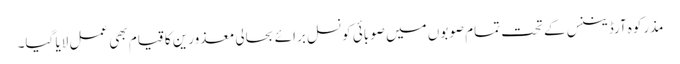
مذرکوہ آرڈیننس کے تحت تمام صوبوں میں صوبائی کونسل برائے بحالی معذورین کا قیام بھی عمل لایا گیا۔